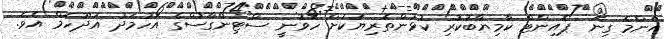
އެންމެ ގިނަ ޕޮއިންޓް ކާމިޔާބުކުރި ކުޅުންތެރިޔަކަށް ހޮވުނީ ސްޓިންގާސްގެ އަހުމަދު އަދުހަމް އެވެ.